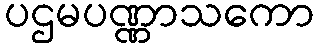
ပဌမပဏ္ဏာသကော